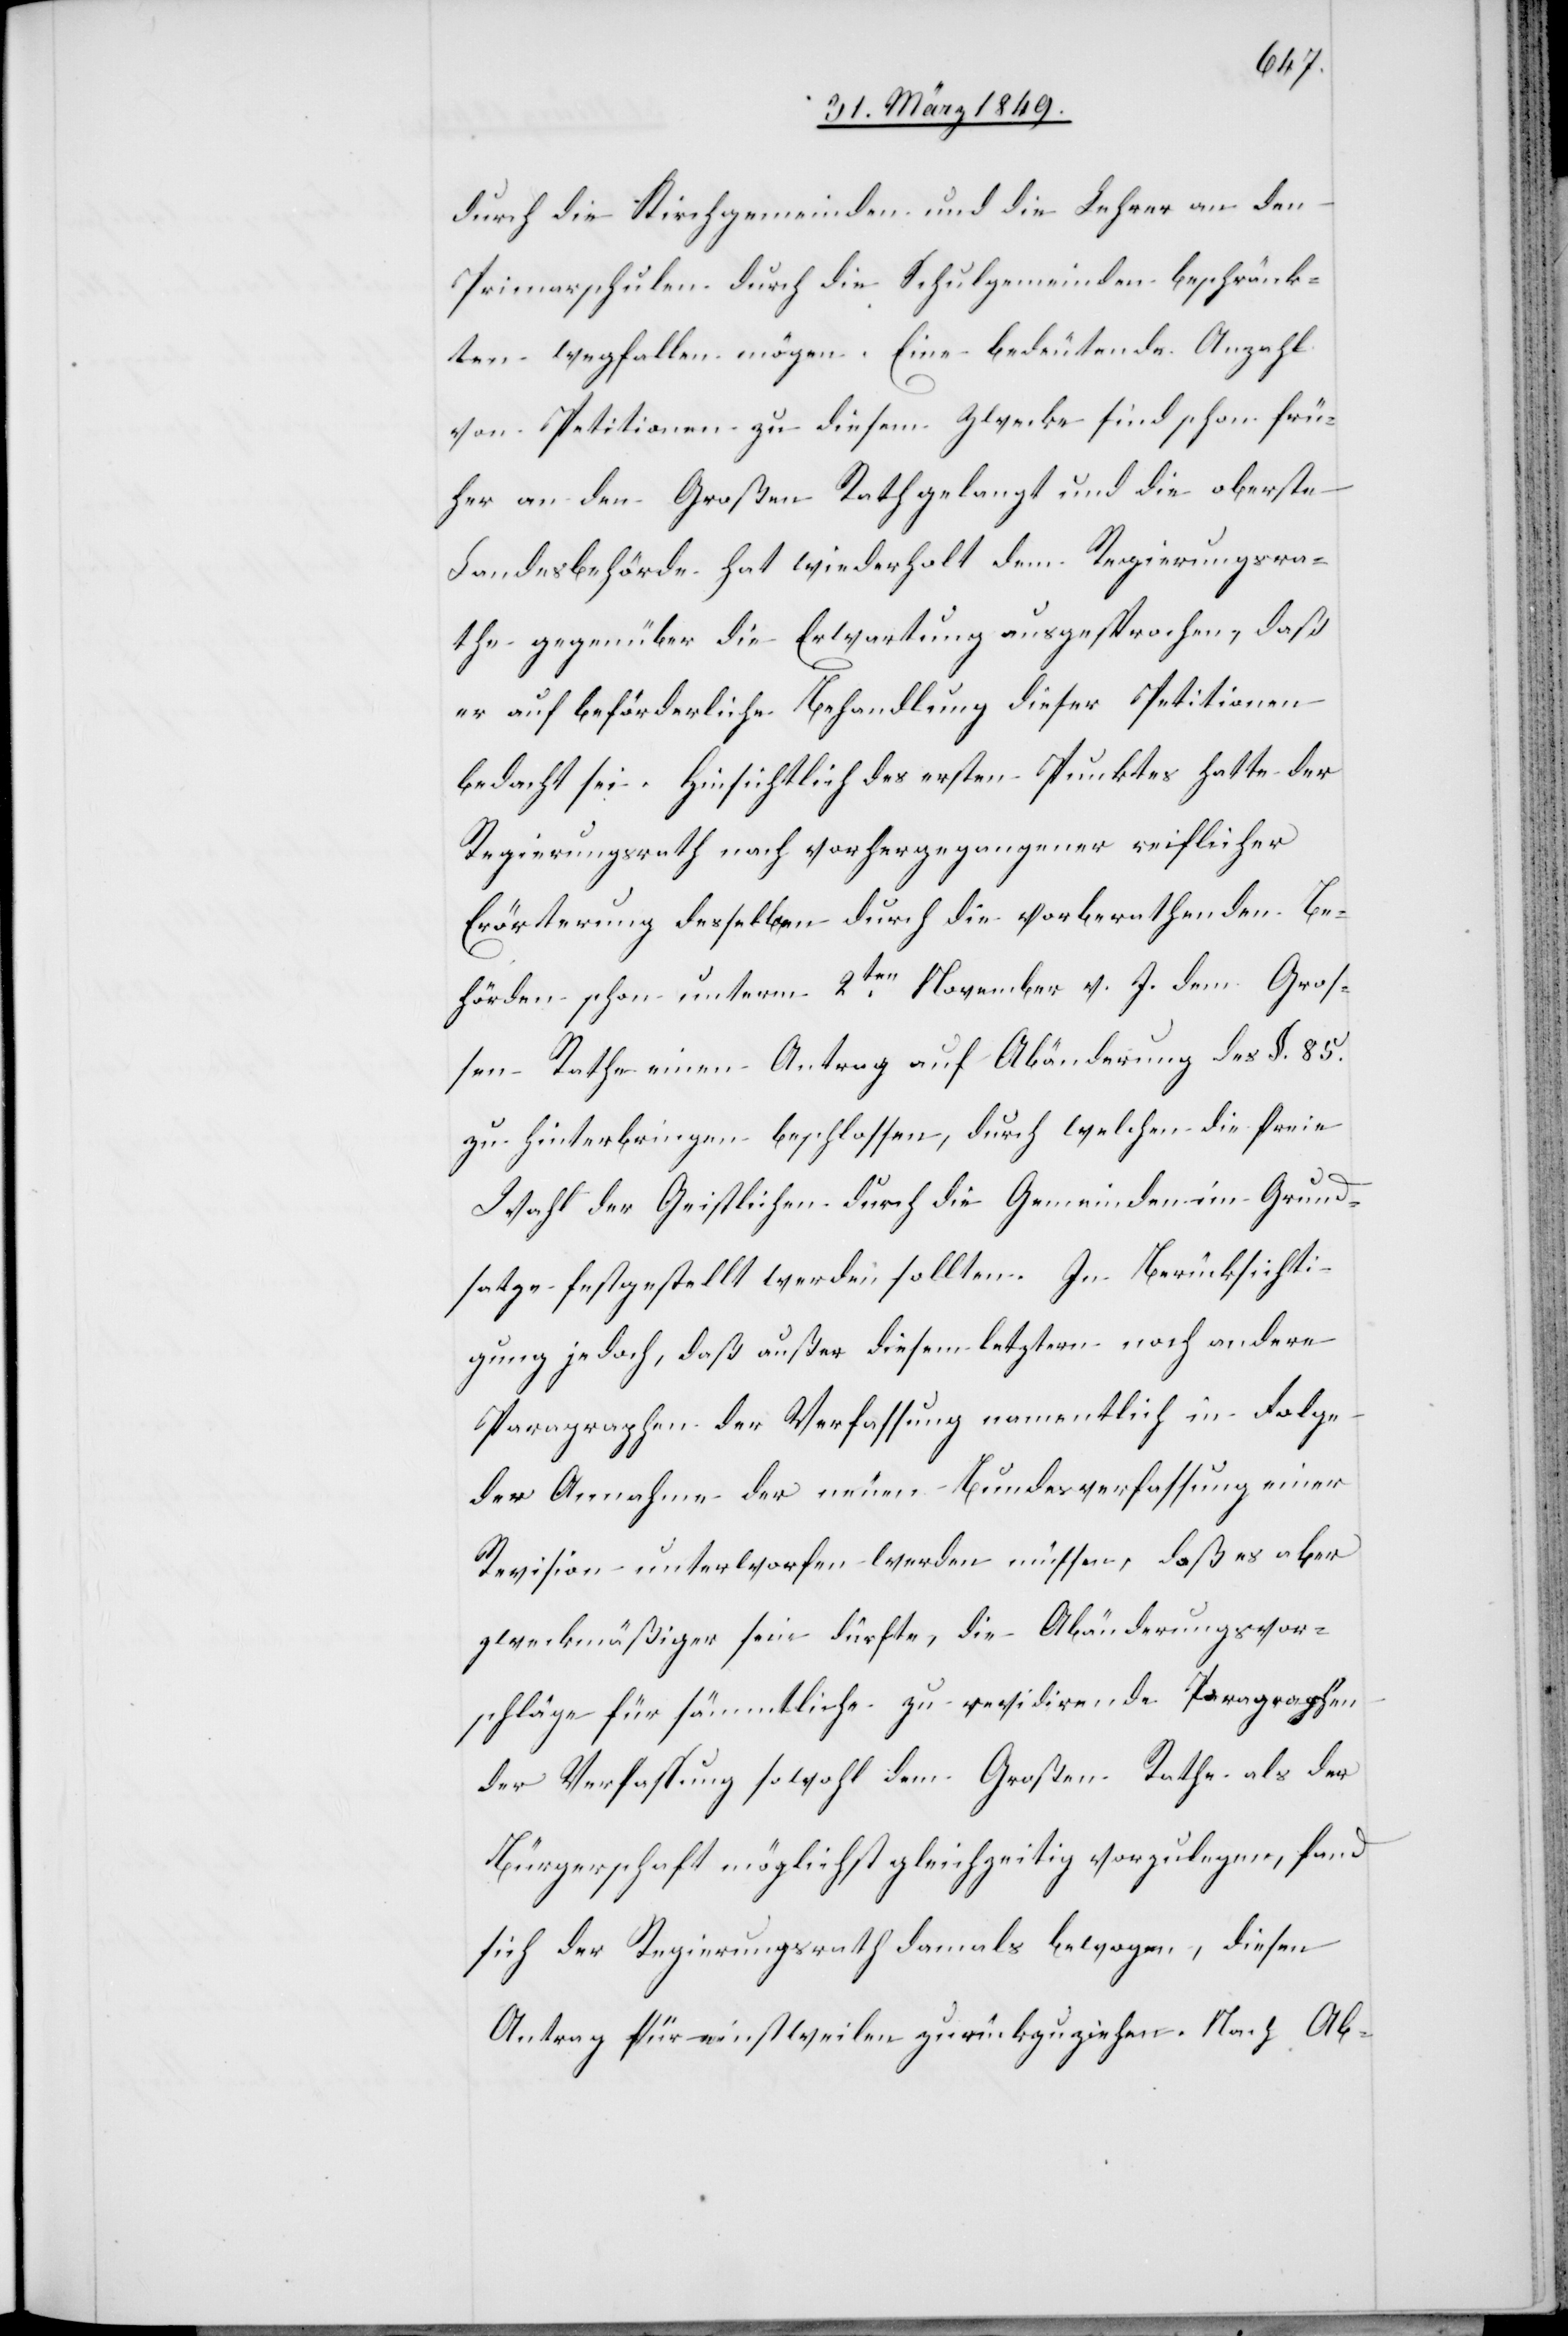
durch die Kirchgemeinden und die [sic!] Lehrer an den
Primarschulen durch die Schulgemeinden beschränk¬
ten wegfallen mögen. Eine bedeutende Anzahl
von Petitionen zu diesem Zwecke sind schon frü¬
her an den Großen Rath gelangt und die oberste
Landesbehörde hat wiederholt dem Regierungsra¬
the gegenüber die Erwartung ausgesprochen, daß
er auf beförderliche Behandlung dieser Petitionen
bedacht sei. Hinsichtlich des ersten Punktes hatte der
Regierungsrath nach vorhergegangener reiflicher
Erörterung desselben durch die vorberathenden Be¬
hörden schon unterm 2ten. November v. J. dem Groß¬
en Rathe einen Antrag auf Abänderung des §. 85.
zu hinterbringen beschlossen, durch welchen die freie
Wahl der Geistlichen durch die Gemeinden im Grund¬
satze festgestellt werden sollten [sic!]. In Berücksichti¬
gung jedoch, daß außer diesem letztern noch andere
Paragraphen der Verfassung namentlich in Folge
der Annahme der neuen Bundesverfassung einer
Revision unterworfen werden müssen, daß es aber
zweckmäßiger sein dürfte, die Abänderungsvor¬
schläge für sämmtliche zu revidirende Paragraphen
der Verfassung sowohl dem Großen Rathe als der
Bürgerschaft möglichst gleichzeitig vorzulegen, fand
sich der Regierungsrath damals bewogen, diesen
Antrag für einstweilen zurückzuziehen. Nach Ab-